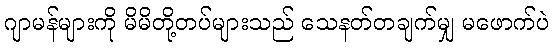
ဂျာမန်များကို မိမိတို့တပ်များသည် သေနတ်တချက်မျှ မဖောက်ပဲ